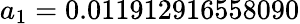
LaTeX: a_{1}=0.011912916558090